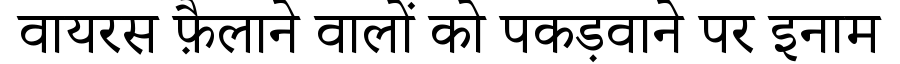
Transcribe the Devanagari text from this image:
वायरस फ़ैलाने वालों को पकड़वाने पर इनाम